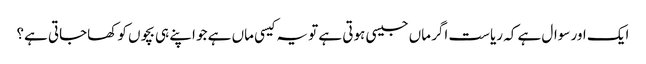
ایک اور سوال ہے کہ ریاست اگر ماں جیسی ہوتی ہے تو یہ کیسی ماں ہے جو اپنے ہی بچوں کو کھاجاتی ہے؟